Indian journal of veterinary science and animal husbandry - Volume 8,
Year: 1938
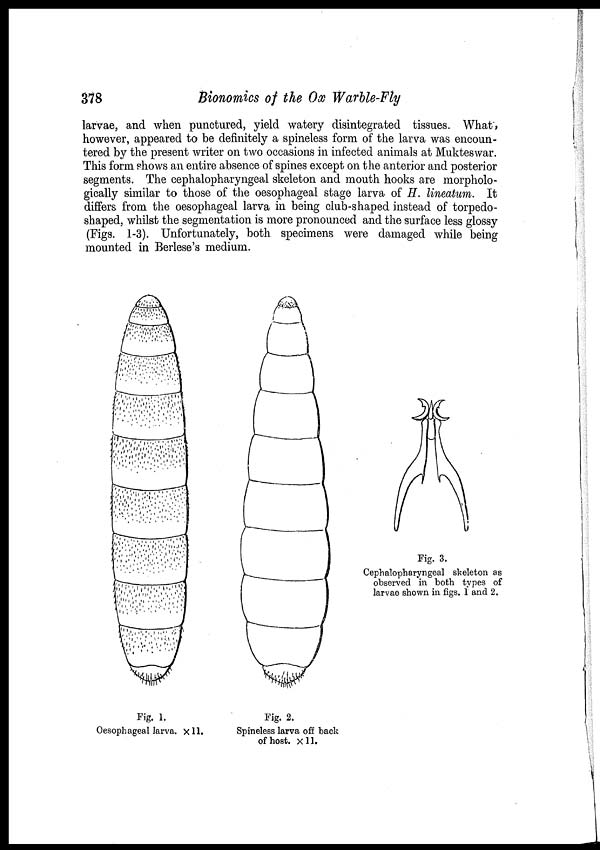
378
Bionomics of the Ox Warble-Fly
larvae, and when punctured, yield watery disintegrated tissues. What,
however, appeared to be definitely a spineless form of the larva was encoun-
tered by the present writer on two occasions in infected animals at Mukteswar.
This form shows an entire absence of spines except on the anterior and posterior
segments. The cephalopharyngeal skeleton and mouth hooks are morpholo-
gically similar to those of the oesophageal stage larva of H. lineatum. It
differs from the oesophageal larva in being club-shaped instead of torpedo-
shaped, whilst the segmentation is more pronounced and the surface less glossy
(Figs. 1-3). Unfortunately, both specimens were damaged while being
mounted in Berlese's medium.
Fig. 1.
Oesophageal larva. ×11.
Fig. 2.
Spineless larva off back
of host. ×11.
Fig. 3.
Cephalopharyngeal skeleton as
observed in both types of
larvae shown in figs. 1 and 2.